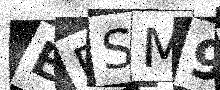
Text: EPSM9T